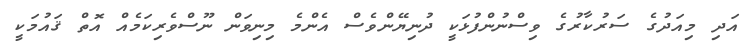
އަދި މިއަދުގެ ސަރުކާރުގެ ވިސްނުންފުޅަކީ ދުނިޔޭންވެސް އެންމެ މިނިވަން ނޫސްވެރިކަމެއް އޮތް ޤައުމަކީ